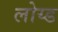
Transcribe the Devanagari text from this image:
लोय्ड